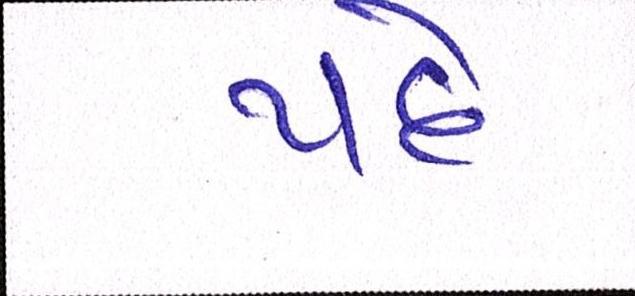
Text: પદે